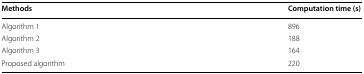
<table><thead><tr><td><b>Methods</b></td><td><b>Computation time (s)</b></td></tr></thead><tbody><tr><td>Algorithm 1</td><td>896</td></tr><tr><td>Algorithm 2</td><td>188</td></tr><tr><td>Algorithm 3</td><td>164</td></tr><tr><td>Proposed algorithm</td><td>220</td></tr></tbody></table>